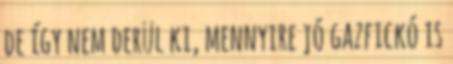
de így nem derül ki, mennyire jó gazfickó is